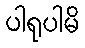
ပါရုပါမိ